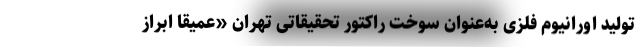
تولید اورانیوم فلزی به‌عنوان سوخت راکتور تحقیقاتی تهران «عمیقاً ابراز